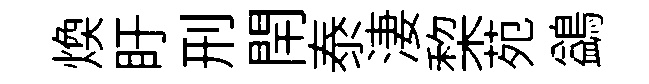
焕盱刑閈泰淒棃苑鷁